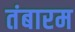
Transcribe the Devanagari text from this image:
तंबारम